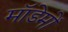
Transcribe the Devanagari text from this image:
मॉडेमों